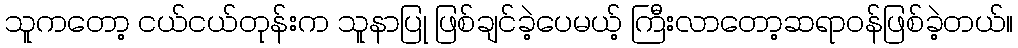
သူကတော့ ငယ်ငယ်တုန်းက သူနာပြု ဖြစ်ချင်ခဲ့ပေမယ့် ကြီးလာတော့ဆရာဝန်ဖြစ်ခဲ့တယ်။